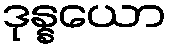
ဒုန္နယော